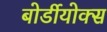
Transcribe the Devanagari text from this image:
बोर्डीयोक्स